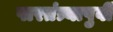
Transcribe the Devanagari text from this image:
पारतंत्र्यापुर्वी